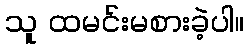
သူ ထမင်းမစားခဲ့ပါ။